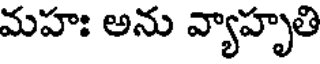
మహః అను వ్యాహృతి